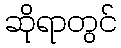
ဆိုရာတွင်